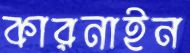
কারনাইন